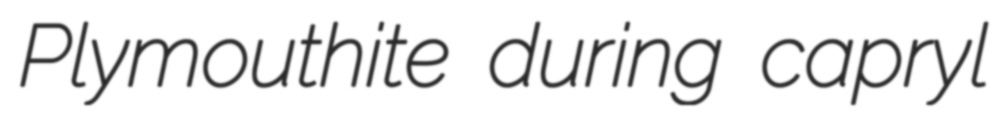
Plymouthite during capryl